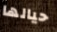
حيالها